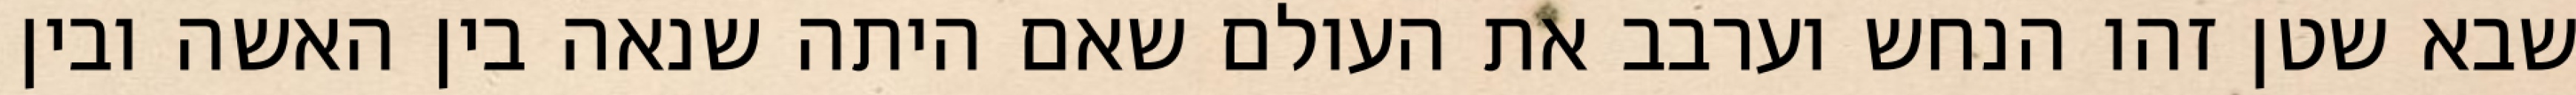
שבא שטן זהו הנחש וערבב את העולם שאם היתה שנאה בין האשה ובין